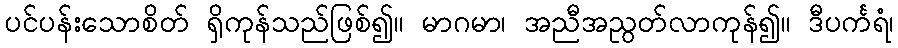
ပင်ပန်းသောစိတ် ရှိကုန်သည်ဖြစ်၍။ မာဂမာ၊ အညီအညွတ်လာကုန်၍။ ဒီပင်္ကရံ၊